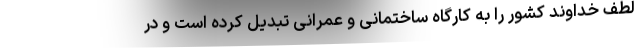
لطف خداوند کشور را به کارگاه ساختمانی و عمرانی تبدیل کرده است و در